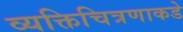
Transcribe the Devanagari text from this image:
व्यक्तिचित्रणाकडे